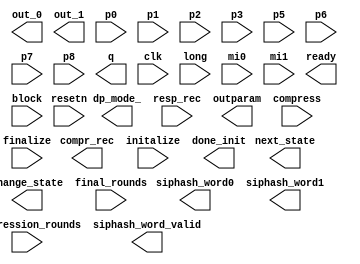
module filter(
output [31:0] out_0, 
output [31:0] out_1, 

output compr_rec,
					output  change_state, 
					output  [2:0] dp_mode_,
					output  [2:0] next_state,
				  
					input  resp_rec, 
				output  [2:0] outparam,
    input [11:0] p0,
    input [11:0] p1,
    input [11:0] p2,
    input [11:0] p3,
    input [11:0] p5,
    input [11:0] p6,
    input [11:0] p7,
    input [11:0] p8,
    output [11:0] q,

	
	///////Add SipHash////////////
	
	//add inputs and outputs and its instantiations////
		input clk,

input resetn,
 input             initalize,
                    input            compress,
                    input             finalize,
                    input            long,

                    input [3 : 0]    compression_rounds,
                    input  [3 : 0]    final_rounds,

                    input  [31 : 0]   mi0,
                    input  [31 : 0]   mi1,

                 output        ready,
                  output [31:0]   siphash_word0,
				                    output [31:0]   siphash_word1,

                     output        siphash_word_valid,
                    input block, output done_init);
endmodule